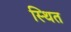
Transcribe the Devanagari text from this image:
स्थित